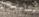
النجده